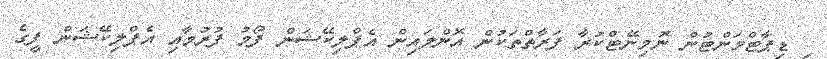
ި ޑިޕާޓްމަންޓުން ނޮމިނޭޓްކުރާ ފަރާތްތަކުން އޮންލައިން އެޕްލިކޭޝަން ފޯމު ފުރުމާއި އެޕްލިކޭޝަން ފީގެ